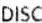
DISC